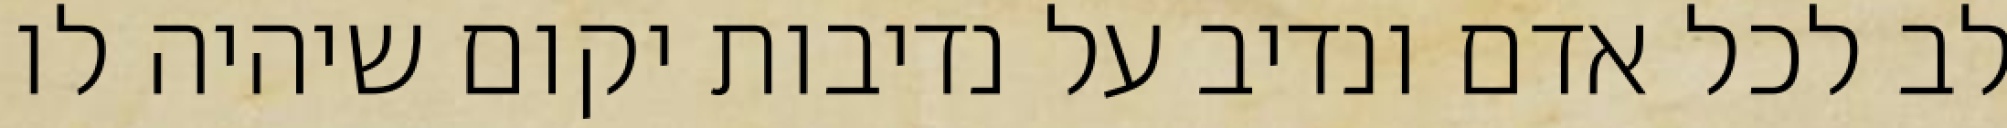
לב לכל אדם ונדיב על נדיבות יקום שיהיה לו